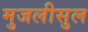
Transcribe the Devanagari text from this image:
मुजलीसुल